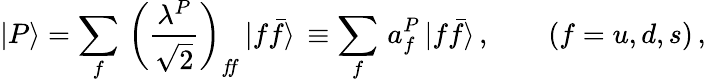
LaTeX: |P\rangle=\sum_{f}\, \left(\frac{\lambda^{P}}{\sqrt{2}}\right)_{f\! f}\, |f\bar{f}\rangle\, \equiv\sum_{f}\, a_{f}^{P}\, |f\bar{f}\rangle\, ,\qquad(f=u,d,s)\, ,